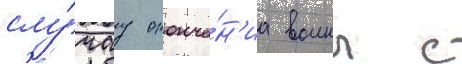
слу́чау оконча́н'иа воины с